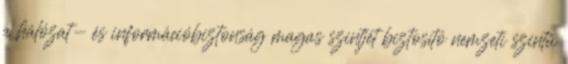
a hálózat- és információbiztonság magas szintjét biztosító nemzeti szintű